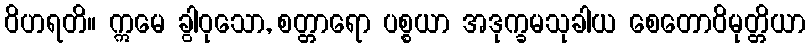
ဝိဟရတိ။ ဣမေ ခွါဝုသော, စတ္တာရော ပစ္စယာ အဒုက္ခမသုခါယ စေတောဝိမုတ္တိယာ